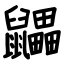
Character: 鼺